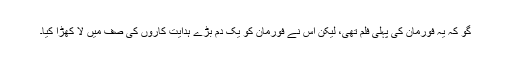
گو کہ یہ فورمان کی پہلی فلم تھی، لیکن اس نے فورمان کو یک دَم بڑے ہدایت کاروں کی صف میں لا کھڑا کیا۔